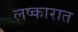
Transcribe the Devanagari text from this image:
लष्कारात